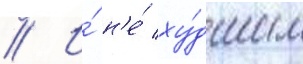
// И́ н'е́ ху́дшим